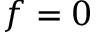
f = 0